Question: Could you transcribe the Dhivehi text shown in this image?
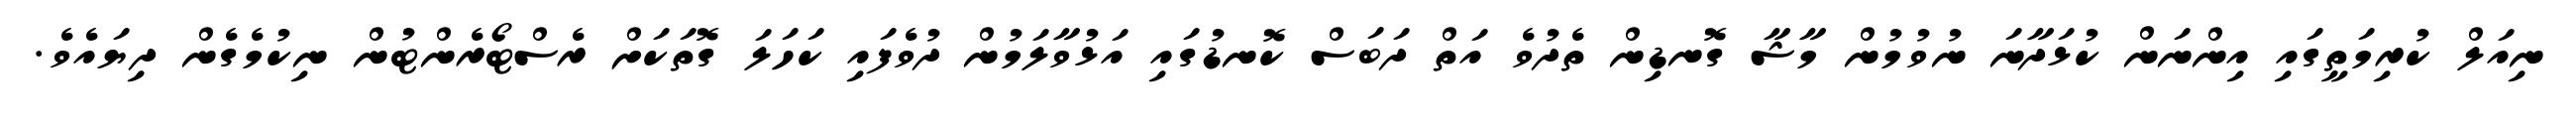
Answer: ނިއަލް ކުރިމަތީގައި އިންނަން ކުޅަދާނަ ނުވުމުން މާޝާ ގޮނޑިން ތެދުވެ އަތް ދަބަސް ކޮނޑުގައި އަޅުވާލަމުން ދުވެފައި ކަހަލަ ގޮތަކަށް ރެސްޓޯރެންޓުން ނިކުމެގެން ދިޔައެވެ.